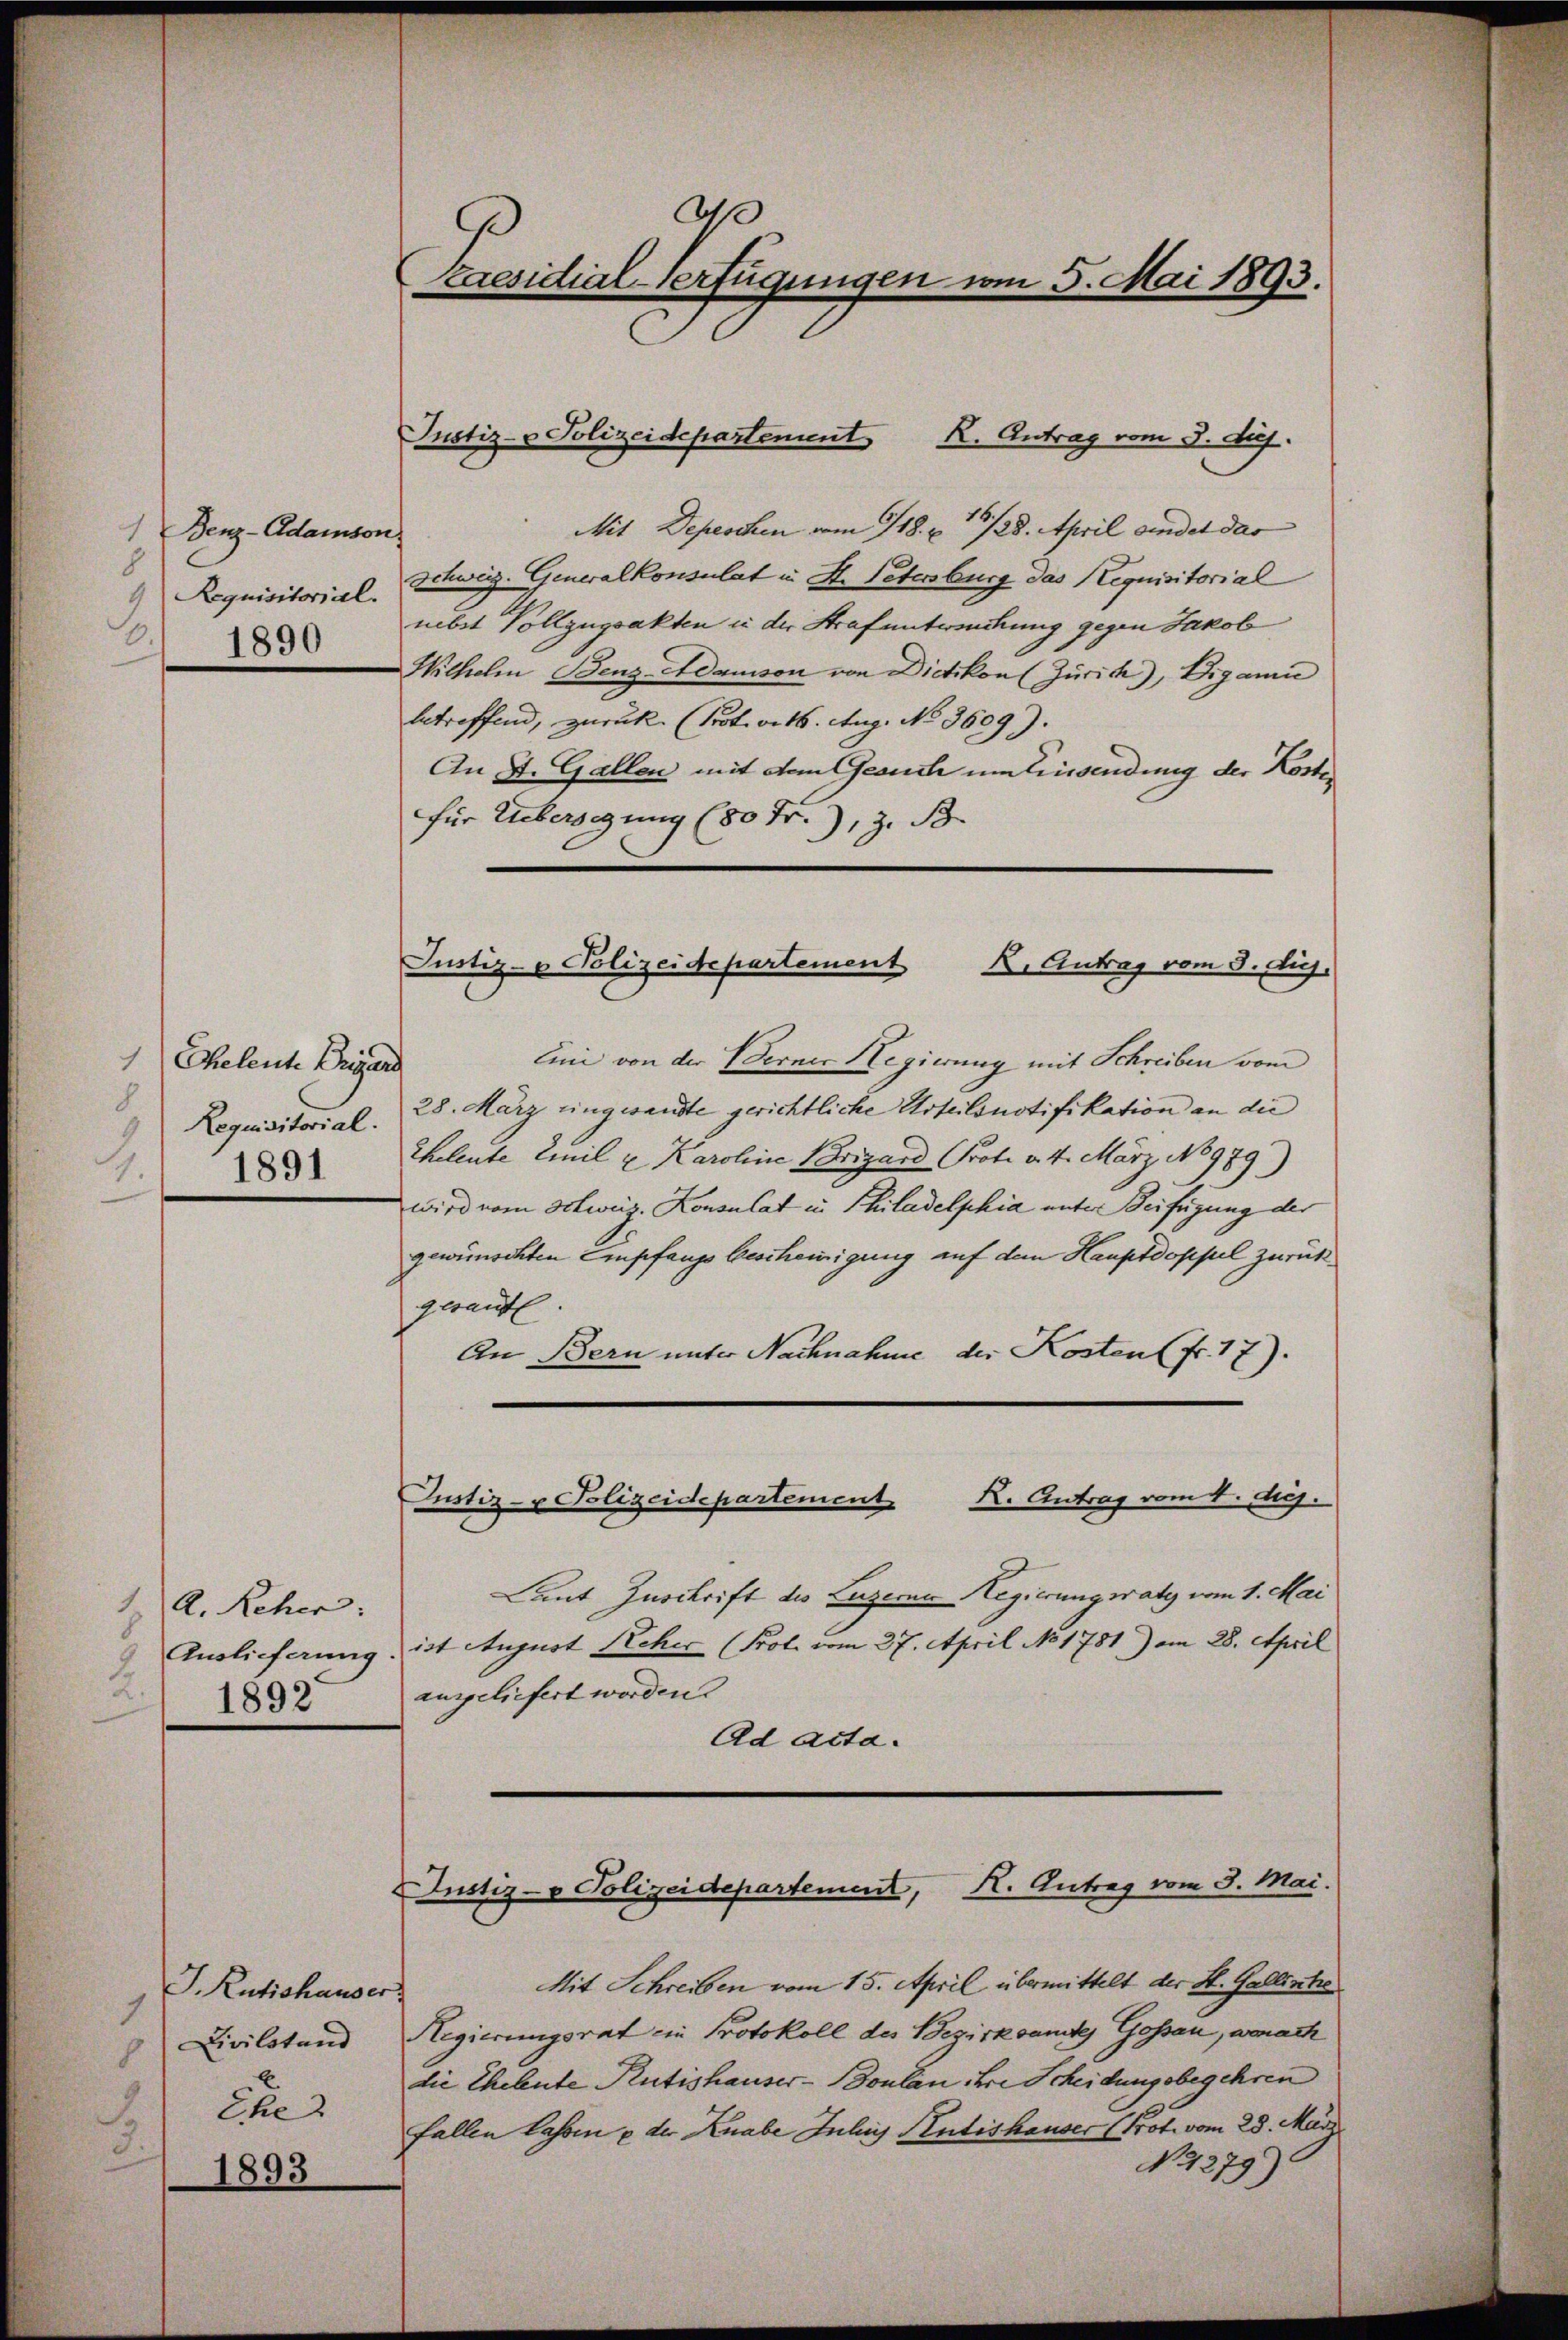
1 Benz-Adamson
8
Requisitorial.
.
1890

Eheleute Brigar
8
Requisitorial.
1891
1.

1. A. Reher:
9. Auslieferung
1892

J. Rütishauser
1
Civilstand
8
Ete 2

1893

d
s
Laesidial-Verfügungen vom 5. Mai 1893.

Justiz- & Polizeidepartement K. Antrag vom 3. Auf

Mit Depeschen vom 718. u. 128. April vendet das
Schweiz. Generalkonsulat in St. Petersburg das Requisitorial
mbst Vollzugsakten in der Strafuntersuchung gegen Jakob
Wilhelm Benz-Adamson von Dietikon (Zürich), Digani
betreffend, zurück (Prot. v. 16. Aug. No 3609).
An St. Gallen mit dem Gesuch um Einsendung der Koster
für Uebersagung (80 Fr., z. B.
Justiz- & Polizeidepartement
K. Antrag vom 3. huj.
Eini von der Berner Hegierung mit Schreiben vom
28. März eingesandte gerichtliche Urteilsnotifikation an die
Eheleute Einil u Karoline Brigand Prote v. 4. März, No 979)
wird vom Schweiz. Konsulat in Philadelphia unter Beifügung der
gewünschten Empfangs bescheinigung auf dem Hauptdoppel zurückgesante.
An Bern unter Nachnahme der Kosten (fr. 17).

Laut Zuschrift des Luzerne Regierung waty vom 1. Mai
ist August Reher (Prot. vom 27. April No 1781) am 28. April
angeliefert worden.
Ad acta.

K. Antrag vom 4. Aug.
Justiz- & Polizeidepartement

Justiz- & Polizeidepartement, H. Antrag vom 3. Mai.

Mit Schreiben vom 15. April übermittelt der St. Gallinte
¬
Regierungsrat ein Protokoll des Bezirksamtes Gossau, wonach
die Eheleute Rütishauser-Boulan ihre Scheidungsbegehren
fallen lassen u der Knabe Inters Antishauser (Prot. vom 23. März
N. 279)